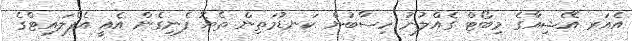
އެއަރ އޭޝިއާގެ މިބޯޓް ގެއްލުނު ހިސާބުން ކަނޑުމަތިން ތެޔޮ ފެނިގެން އެއީ އެފްލައިޓްގެ